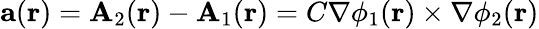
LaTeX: \mathbf{a}(\mathbf{r})=\mathbf{A}_{2}(\mathbf{r})-\mathbf{A}_{1}(\mathbf{r})=C\nabla\phi_{1}(\mathbf{r})\times\nabla\phi_{2}(\mathbf{r})